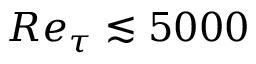
R e _ { \tau } \lesssim 5 0 0 0